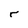
Character: r